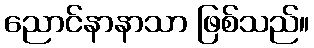
ညောင်နာနာသာ ဖြစ်သည်။